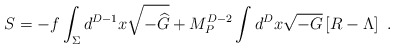
\begin{align*} S=-f\int_\Sigma d^{D-1} x \sqrt{-{\widehat G}} + M_P^{D-2} \int d^D x \sqrt{-G} \left[R-\Lambda\right]~.\end{align*}